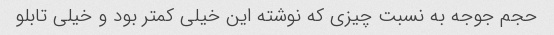
حجم جوجه به نسبت چیزی که نوشته این خیلی کمتر بود و خیلی تابلو